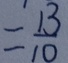
= \frac { 1 3 } { 1 0 }